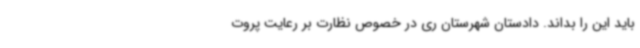
باید این را بداند. دادستان شهرستان ری در خصوص نظارت بر رعایت پروت